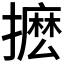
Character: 𭢮